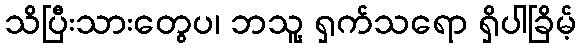
သိပြီးသားတွေပ၊ ဘသူ့ ရှက်သရော ရှိပါခြိမ့်